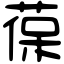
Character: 葆